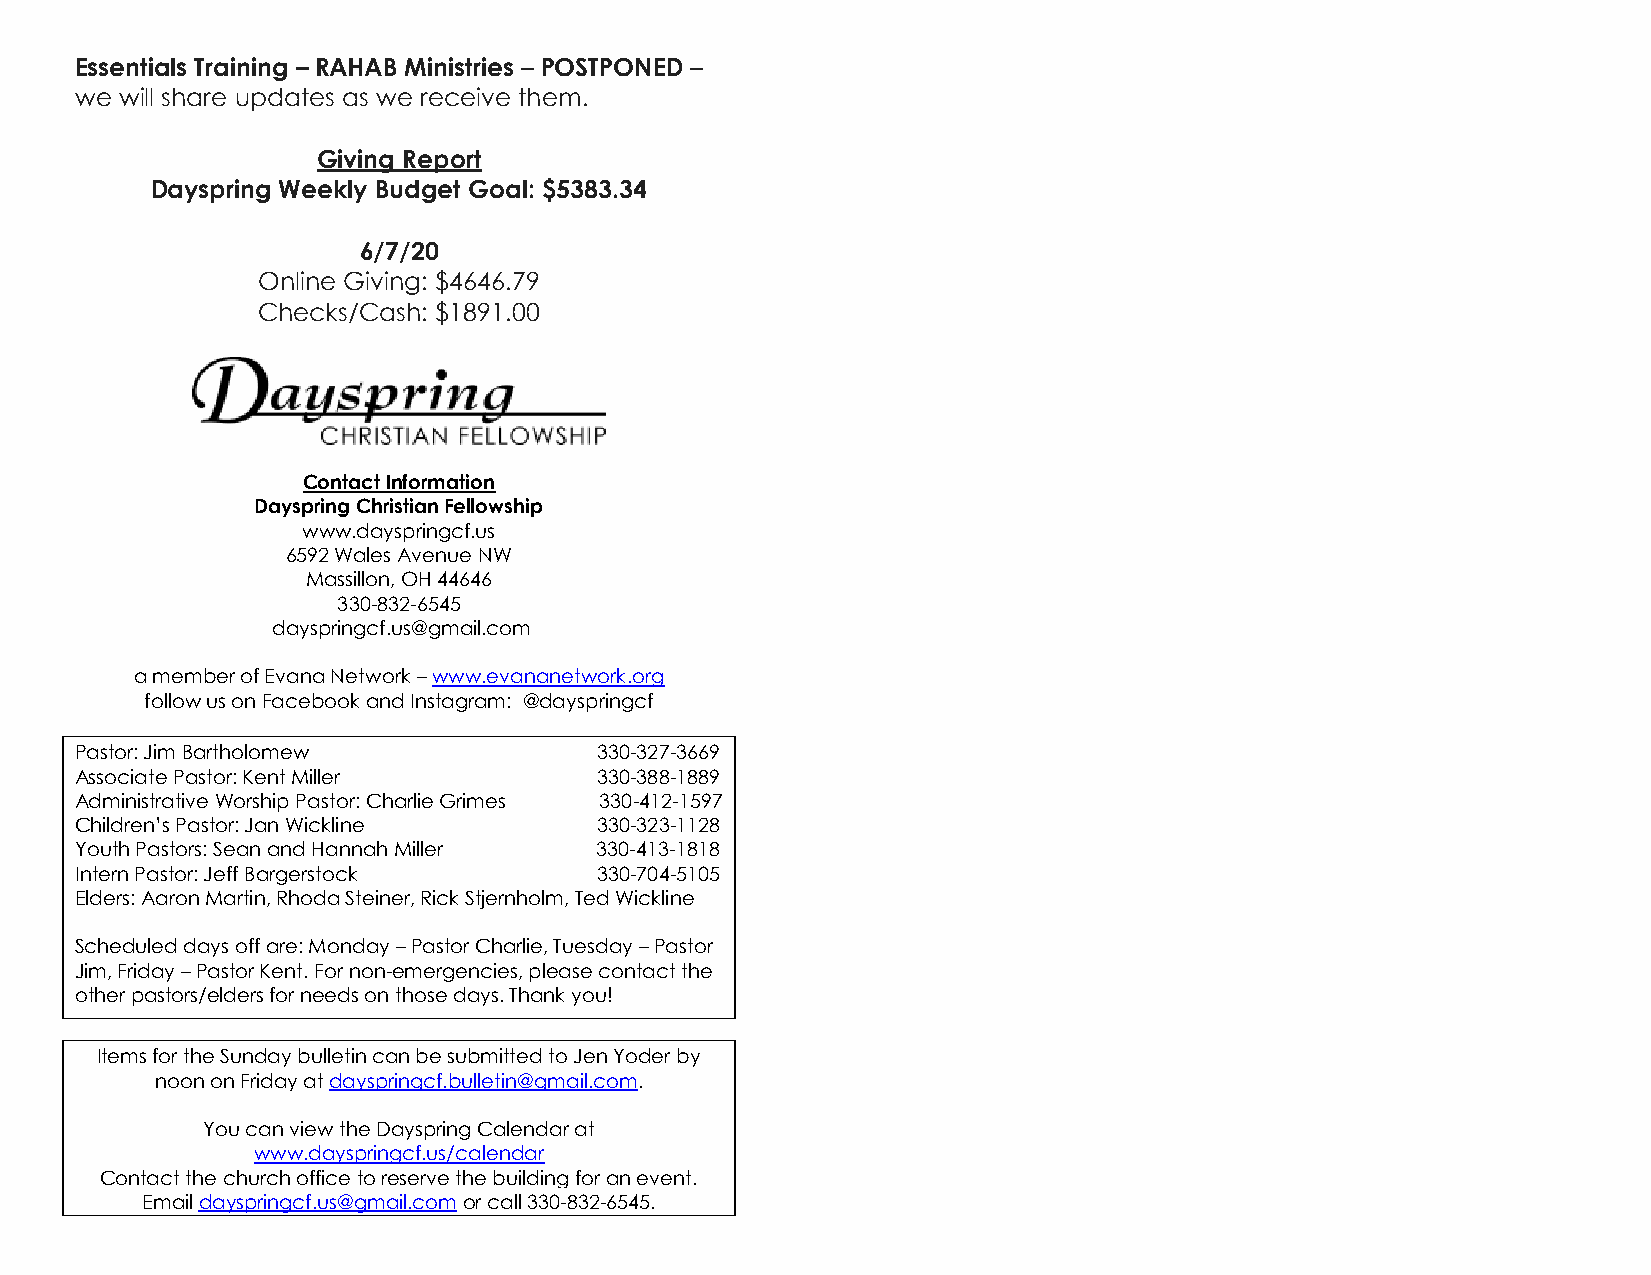
Essentials Training – RAHAB Ministries – POSTPONED –
 we will share updates as we receive them.
 Giving Report
 Dayspring Weekly Budget Goal: $5383.34
 6/7/20
 Online Giving: $4646.79
 Checks/Cash: $1891.00
 Contact Information
 Dayspring Christian Fellowship
 www.dayspringcf.us
 6592 Wales Avenue NW
 Massillon, OH 44646
 330-832-6545
 dayspringcf.us@gmail.com
 a member of Evana Network – www.evananetwork.org
 follow us on Facebook and Instagram: @dayspringcf
 Pastor: Jim Bartholomew           330-327-3669
 Associate Pastor: Kent Miller     330-388-1889
 Administrative Worship Pastor: Charlie Grimes 330-412-1597
 Children’s Pastor: Jan Wickline   330-323-1128
 Youth Pastors: Sean and Hannah Miller 330-413-1818
 Intern Pastor: Jeff Bargerstock   330-704-5105
 Elders: Aaron Martin, Rhoda Steiner, Rick Stjernholm, Ted Wickline
 Scheduled days off are: Monday – Pastor Charlie, Tuesday – Pastor
 Jim, Friday – Pastor Kent. For non-emergencies, please contact the
 other pastors/elders for needs on those days. Thank you!
 Items for the Sunday bulletin can be submitted to Jen Yoder by
 noon on Friday at dayspringcf.bulletin@gmail.com.
 You can view the Dayspring Calendar at
 www.dayspringcf.us/calendar
 Contact the church office to reserve the building for an event.
 Email dayspringcf.us@gmail.com or call 330-832-6545.